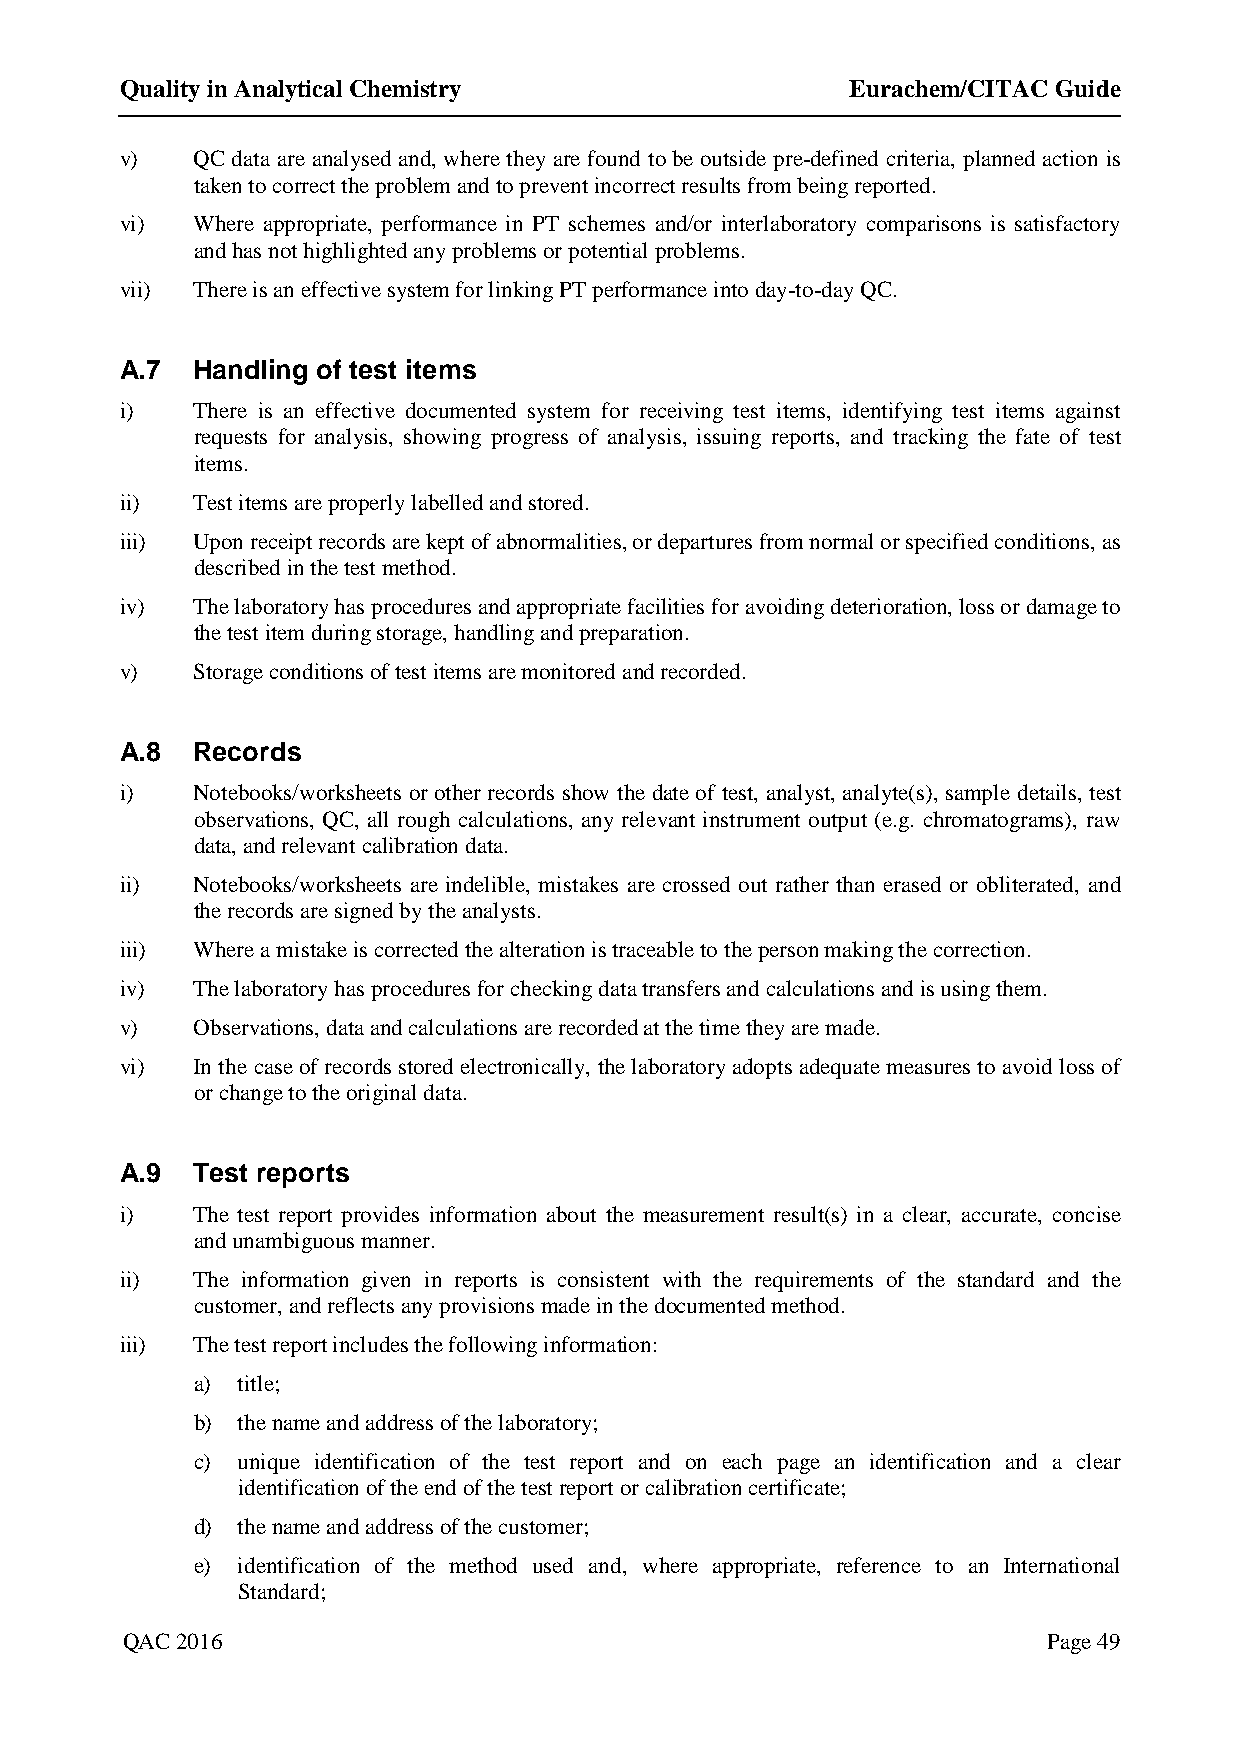
Quality in Analytical Chemistry                 Eurachem/CITAC Guide
 v)   QC data are analysed and, where they are found to be outside pre-defined criteria, planned action is
 taken to correct the problem and to prevent incorrect results from being reported.
 vi)  Where appropriate, performance in PT schemes and/or interlaboratory comparisons is satisfactory
 and has not highlighted any problems or potential problems.
 vii) There is an effective system for linking PT performance into day-to-day QC.
 A.7  Handling of test items
 i)   There is an effective documented system for receiving test items, identifying test items against
 requests for analysis, showing progress of analysis, issuing reports, and tracking the fate of test
 items.
 ii)  Test items are properly labelled and stored.
 iii) Upon receipt records are kept of abnormalities, or departures from normal or specified conditions, as
 described in the test method.
 iv)  The laboratory has procedures and appropriate facilities for avoiding deterioration, loss or damage to
 the test item during storage, handling and preparation.
 v)   Storage conditions of test items are monitored and recorded.
 A.8  Records
 i)   Notebooks/worksheets or other records show the date of test, analyst, analyte(s), sample details, test
 observations, QC, all rough calculations, any relevant instrument output (e.g. chromatograms), raw
 data, and relevant calibration data.
 ii)  Notebooks/worksheets are indelible, mistakes are crossed out rather than erased or obliterated, and
 the records are signed by the analysts.
 iii) Where a mistake is corrected the alteration is traceable to the person making the correction.
 iv)  The laboratory has procedures for checking data transfers and calculations and is using them.
 v)   Observations, data and calculations are recorded at the time they are made.
 vi)  In the case of records stored electronically, the laboratory adopts adequate measures to avoid loss of
 or change to the original data.
 A.9  Test reports
 i)   The test report provides information about the measurement result(s) in a clear, accurate, concise
 and unambiguous manner.
 ii)  The information given in reports is consistent with the requirements of the standard and the
 customer, and reflects any provisions made in the documented method.
 iii) The test report includes the following information:
 a) title;
 b) the name and address of the laboratory;
 c) unique identification of the test report and on each page an identification and a clear
 identification of the end of the test report or calibration certificate;
 d) the name and address of the customer;
 e) identification of the method used and, where appropriate, reference to an International
 Standard;
 QAC 2016                                                     Page 49